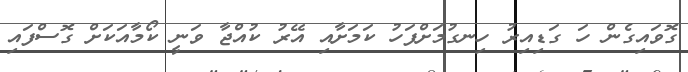
ގޮވައިގެން ހަ ގަޑިއިރު ހިނގުމަށްފަހު ކަމަށާއި އޭރު ކުއްޖާ ވަނީ ކޯމާއަކަށް ގޮސްފައި